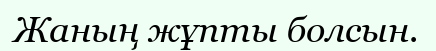
Жаның жұпты болсын.